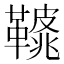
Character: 𩌿